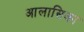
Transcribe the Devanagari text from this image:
आलासिका